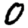
Digit: 0